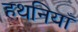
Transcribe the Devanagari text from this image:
हथनियाँ